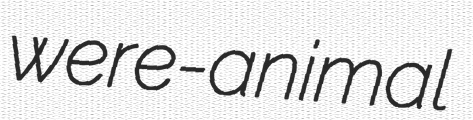
were-animal